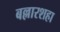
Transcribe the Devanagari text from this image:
बल्लारशहा